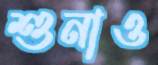
শুনাও